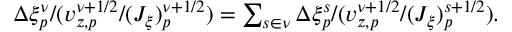
\begin{array} { r } { \Delta \xi _ { p } ^ { \nu } / ( v _ { z , p } ^ { \nu + 1 / 2 } / ( J _ { \xi } ) _ { p } ^ { \nu + 1 / 2 } ) = \sum _ { s \in \nu } \Delta \xi _ { p } ^ { s } / ( v _ { z , p } ^ { \nu + 1 / 2 } / ( J _ { \xi } ) _ { p } ^ { s + 1 / 2 } ) . } \end{array}